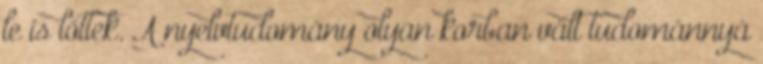
le is lőttek. A nyelvtudomány olyan korban vált tudománnyá